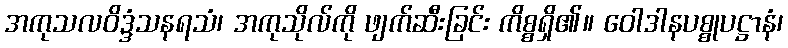
အကုသလဝိဒ္ဒံသနရသံ၊ အကုသိုလ်ကို ဖျက်ဆီးခြင်း ကိစ္စရှိ၏။ ဝေါဒါနပစ္စုပဋ္ဌာနံ၊